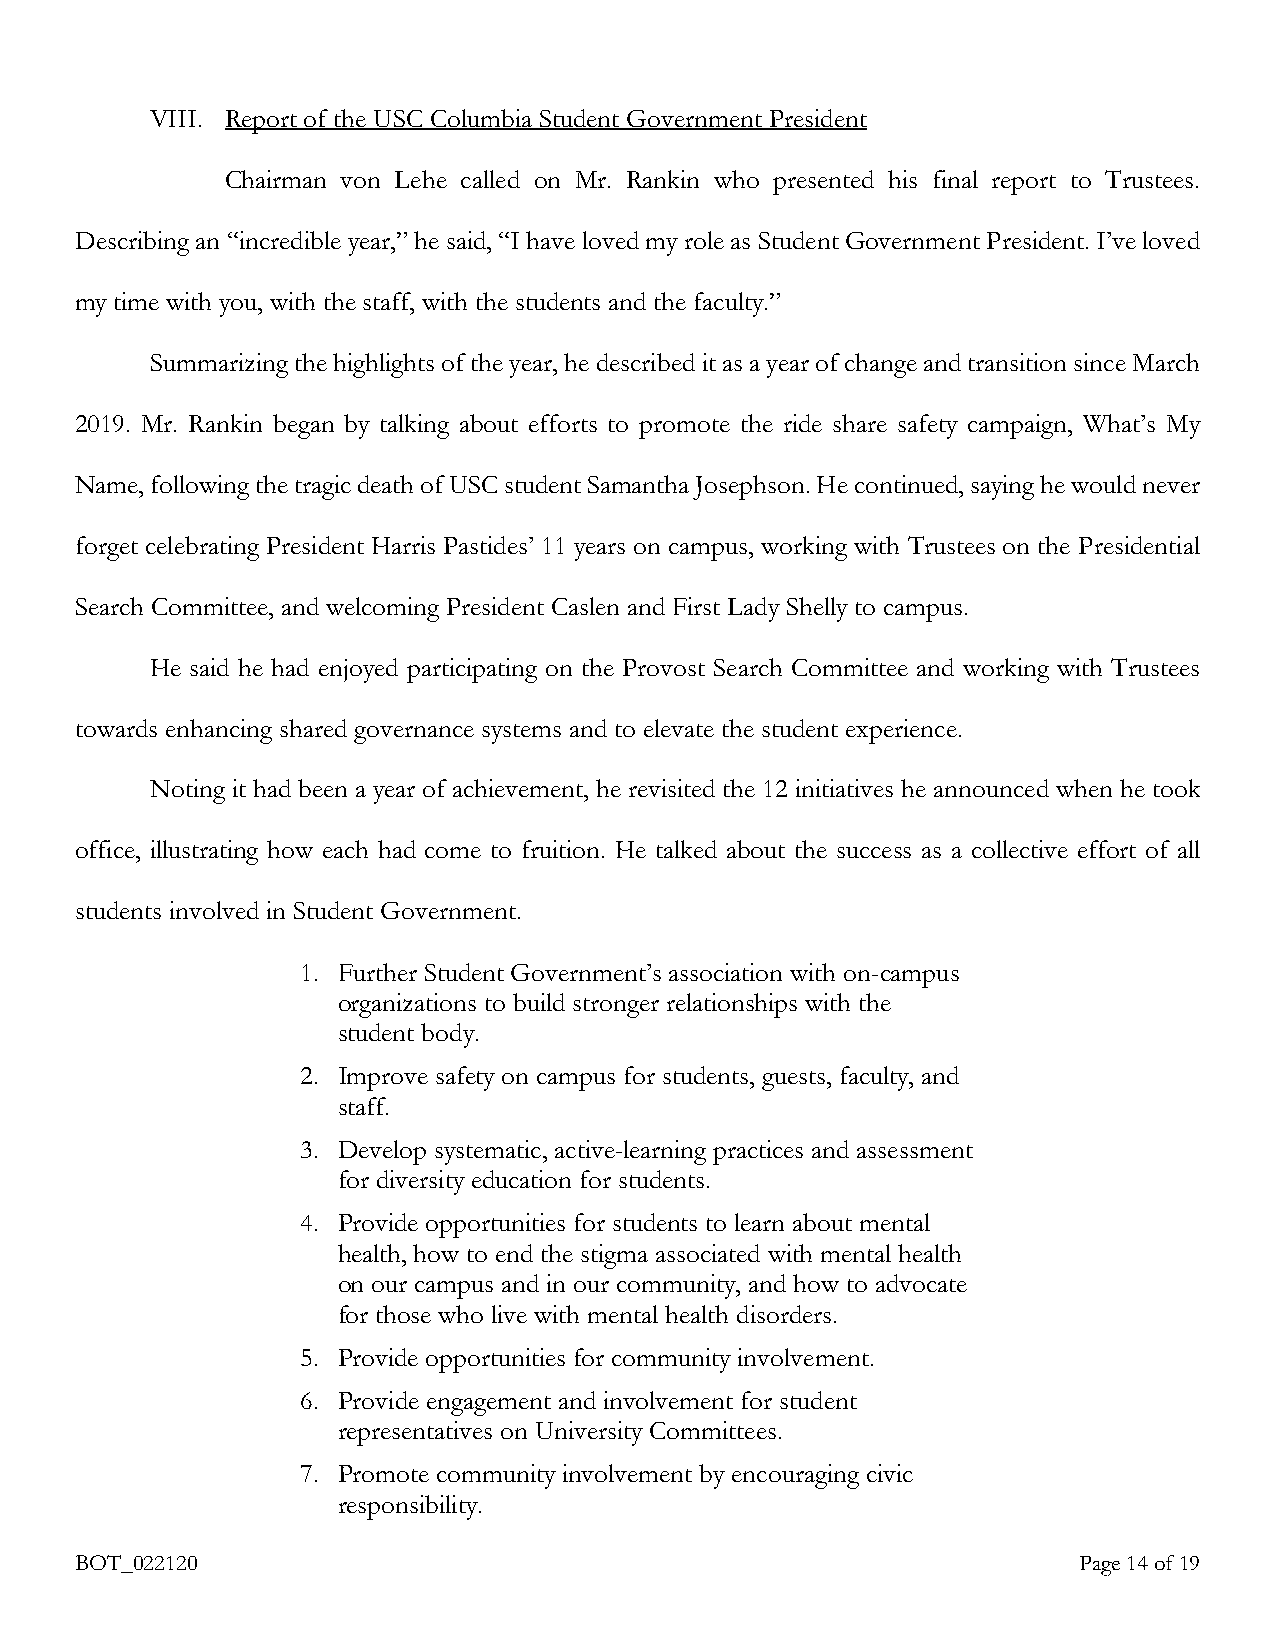
VIII. Report of the USC Columbia Student Government President
 Chairman von Lehe called on Mr. Rankin who presented his final report to Trustees.
 Describing an “incredible year,” he said, “I have loved my role as Student Government President. I’ve loved
 my time with you, with the staff, with the students and the faculty.”
 Summarizing the highlights of the year, he described it as a year of change and transition since March
 2019. Mr. Rankin began by talking about efforts to promote the ride share safety campaign, What’s My
 Name, following the tragic death of USC student Samantha Josephson. He continued, saying he would never
 forget celebrating President Harris Pastides’ 11 years on campus, working with Trustees on the Presidential
 Search Committee, and welcoming President Caslen and First Lady Shelly to campus.
 He said he had enjoyed participating on the Provost Search Committee and working with Trustees
 towards enhancing shared governance systems and to elevate the student experience.
 Noting it had been a year of achievement, he revisited the 12 initiatives he announced when he took
 office, illustrating how each had come to fruition. He talked about the success as a collective effort of all
 students involved in Student Government.
 1. Further Student Government’s association with on-campus
 organizations to build stronger relationships with the
 student body.
 2. Improve safety on campus for students, guests, faculty, and
 staff.
 3. Develop systematic, active-learning practices and assessment
 for diversity education for students.
 4. Provide opportunities for students to learn about mental
 health, how to end the stigma associated with mental health
 on our campus and in our community, and how to advocate
 for those who live with mental health disorders.
 5. Provide opportunities for community involvement.
 6. Provide engagement and involvement for student
 representatives on University Committees.
 7. Promote community involvement by encouraging civic
 responsibility.
 BOT_022120                                                        Page 14 of 19